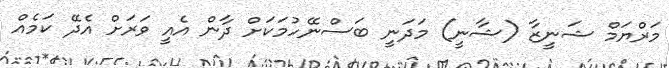
މަރްޔަމް ޝަނީޒާ (ޝާނީ) މަދަނީ ބަސްނޭހުމަކަށް ދާން އެއީ ވަރަށް އެދޭ ކަމެއް